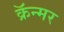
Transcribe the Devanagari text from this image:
क्रॅन्मर